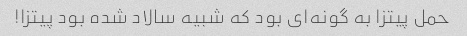
حمل پیتزا به گونه‌ای بود که شبیه سالاد شده بود پیتزا!